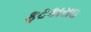
ફટકારાઇ